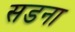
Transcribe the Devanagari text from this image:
सडना